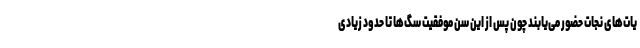
یات‌های نجات حضور می‌یابند چون پس از این سن موفقیت سگ‌ها تا حدود زیادی